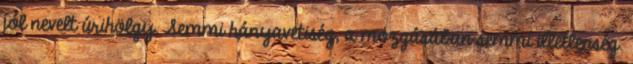
jól nevelt úrihölgy. Semmi hányavetiség, a mozgásában semmi illetlenség.